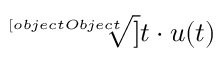
{ \sqrt [ [object Object] ] { t } } \cdot u ( t )